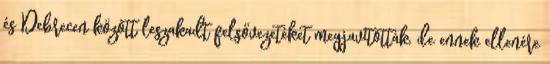
és Debrecen között leszakadt felsővezetéket megjavították, de ennek ellenére